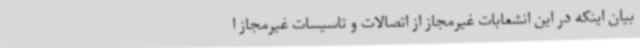
بیان اینکه در این انشعابات غیرمجاز از اتصالات و تاسیسات غیرمجاز ا